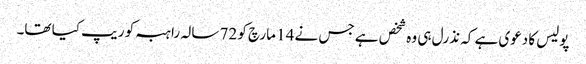
پولیس کا دعوی ہے کہ نذرل ہی وہ شخص ہے جس نے 14 مارچ کو 72 سالہ راہبہ کو ریپ کیا تھا۔